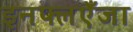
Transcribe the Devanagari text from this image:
इनफ्लएँजा